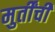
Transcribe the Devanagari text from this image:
मुर्तींची